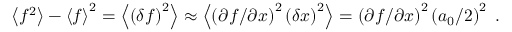
\left\langle f ^ { 2 } \right\rangle - \left\langle f \right\rangle ^ { 2 } = \left\langle \left( \delta f \right) ^ { 2 } \right\rangle \approx \left\langle \left( \partial f / \partial x \right) ^ { 2 } \left( \delta x \right) ^ { 2 } \right\rangle = \left( \partial f / \partial x \right) ^ { 2 } \left( a _ { 0 } / 2 \right) ^ { 2 } \; .